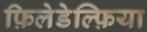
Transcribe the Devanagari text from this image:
फ़िलेडेल्फ़िया